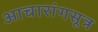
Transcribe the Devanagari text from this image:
आचारांगसूत्र